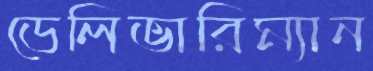
ডেলিভারিম্যান